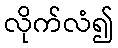
လိုက်လံ၍